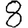
Digit: 8